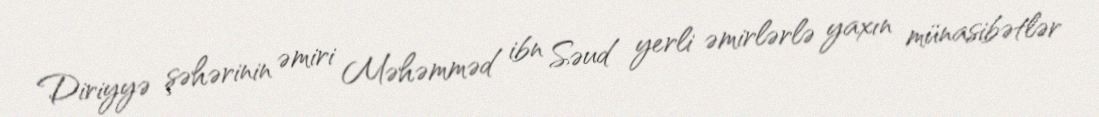
Diriyyə şəhərinin əmiri Məhəmməd ibn Səud yerli əmirlərlə yaxın münasibətlər